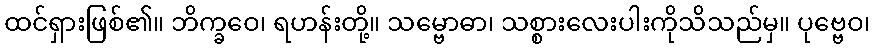
ထင်ရှားဖြစ်၏။ ဘိက္ခဝေ၊ ရဟန်းတို့။ သမ္ဗောဓာ၊ သစ္စားလေးပါးကိုသိသည်မှ။ ပုဗ္ဗေဝ၊